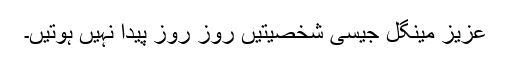
عزیز مینگل جیسی شخصیتیں روز روز پیدا نہیں ہوتیں۔